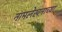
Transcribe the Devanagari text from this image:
नामलेखनाच्या